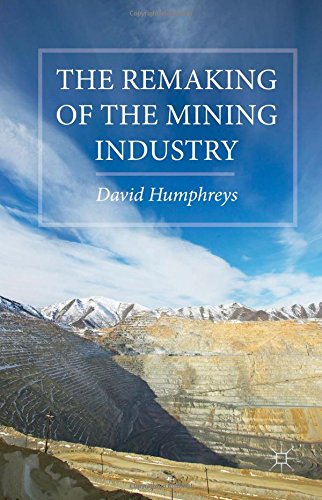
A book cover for The Remaking of the Mining Industry; David Humphreys; Business & Money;